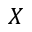
X